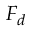
\displaystyle { F _ { d } }